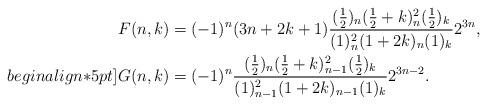
LaTeX: \begin{align*}F(n,k)&=(-1)^n(3n+2k+1)\frac{(\frac{1}{2})_n(\frac{1}{2}+k)_n^2(\frac{1}{2})_k }{(1)_n^2(1+2k)_n(1)_k}2^{3n},\\begin{align*}5pt]G(n,k)&=(-1)^n \frac{(\frac{1}{2})_n(\frac{1}{2}+k)_{n-1}^2(\frac{1}{2})_k }{(1)_{n-1}^2(1+2k)_{n-1}(1)_k}2^{3n-2}.\end{align*}